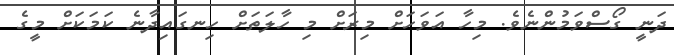
ދަނީ ގޯސްވަމުންނެވެ. މިހާ އަވަހަށް މިރަށް މި ހާލަތަށް ހިނގައިދާނެ ކަމަކަށް މީގެ